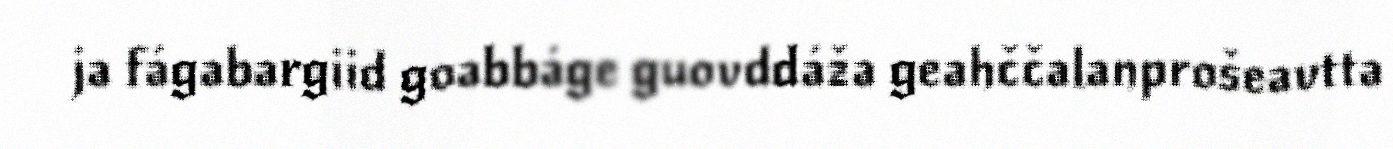
ja fágabargiid goabbáge guovddáža geahččalanprošeavtta